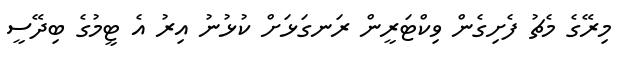
މިރޭގެ މެޗު ފެށިގެން ވިކްޓަރީން ރަނގަޅަށް ކުޅުނު އިރު އެ ޓީމުގެ ބިދޭސީ